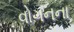
વોગનના